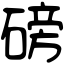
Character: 磅